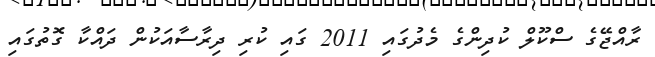
ރާއްޖޭގެ ސްކޫލް ކުދިންގެ މެދުގައި 2011 ގައި ކުރި ދިރާސާއަކުން ދައްކާ ގޮތުގައި